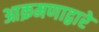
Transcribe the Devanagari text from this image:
आक्रमणाद्वारे